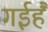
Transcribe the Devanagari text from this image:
गईहैं